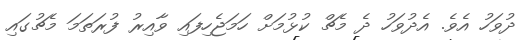
ދުވަހު އެވެ. އެދުވަހު ދެ މެޗް ކުޅުމަށް ހަމަޖެހިފައި ވާއިރު ފުރަތަމަ މެޗުގައި